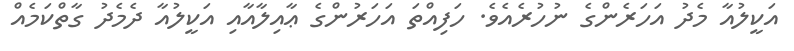
އަކީލުއާ މެދު އަހަރެންގެ ނުހުރެއެވެ. ހަފިއްތަ އަހަރުންގެ ޢާއިލާއާއި އަކީލުއާ ދެމެދު ގާތްކަމެއް